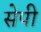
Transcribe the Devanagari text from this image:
सेपी